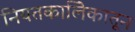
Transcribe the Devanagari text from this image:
नियतकालिेकातून